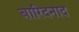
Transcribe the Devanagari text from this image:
बारिदनाद